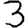
Digit: 3